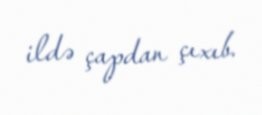
ildə çapdan çıxıb.